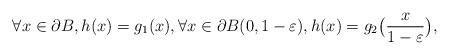
LaTeX: \begin{align*}\forall x \in \partial B, h(x)=g_1(x), \forall x \in \partial B(0,1-\varepsilon), h(x)=g_2\big(\frac{x}{1-\varepsilon}\big),\end{align*}